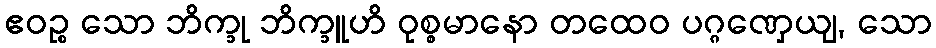
ဧဝဉ္စ သော ဘိက္ခု ဘိက္ခူဟိ ဝုစ္စမာနော တထေဝ ပဂ္ဂဏှေယျ, သော